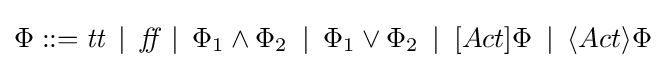
\Phi ::={\textit {tt}}\,\,\,|\,\,\,{\textit {ff}}\,\,\,|\,\,\,\Phi _{1}\land \Phi _{2}\,\,\,|\,\,\,\Phi _{1}\lor \Phi _{2}\,\,\,|\,\,\,[Act]\Phi \,\,\,|\,\,\,\langle Act\rangle \Phi